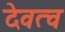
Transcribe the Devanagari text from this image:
देवत्‍व